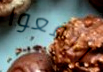
إرفعوا